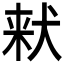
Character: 𪺽